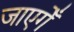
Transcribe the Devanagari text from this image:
जाएगेँ